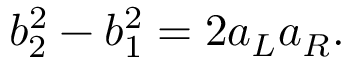
b _ { 2 } ^ { 2 } - b _ { 1 } ^ { 2 } = 2 a _ { L } a _ { R } .